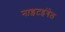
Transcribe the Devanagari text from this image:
नाइटइंगेल